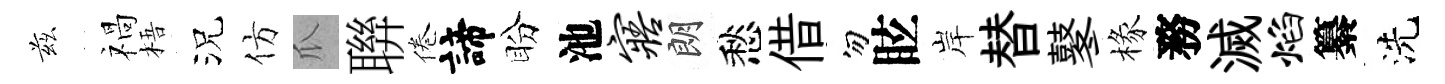
兹禍梧況仿瓜聨倦諦盼池寤朗愁借勿眩岸替鼕椽務滅焰纂洗